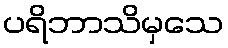
ပရိဘာသိမှသေ